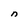
Character: n